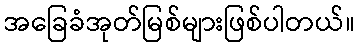
အခြေခံအုတ်မြစ်များဖြစ်ပါတယ်။